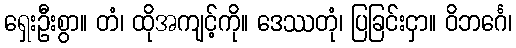
ရှေးဦးစွာ။ တံ၊ ထိုအကျင့်ကို။ ဒေဿတုံ၊ ပြခြင်းငှာ။ ဝိဘင်္ဂေ၊